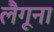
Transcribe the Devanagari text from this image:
लैगूना